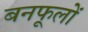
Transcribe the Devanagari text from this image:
बनफूलों